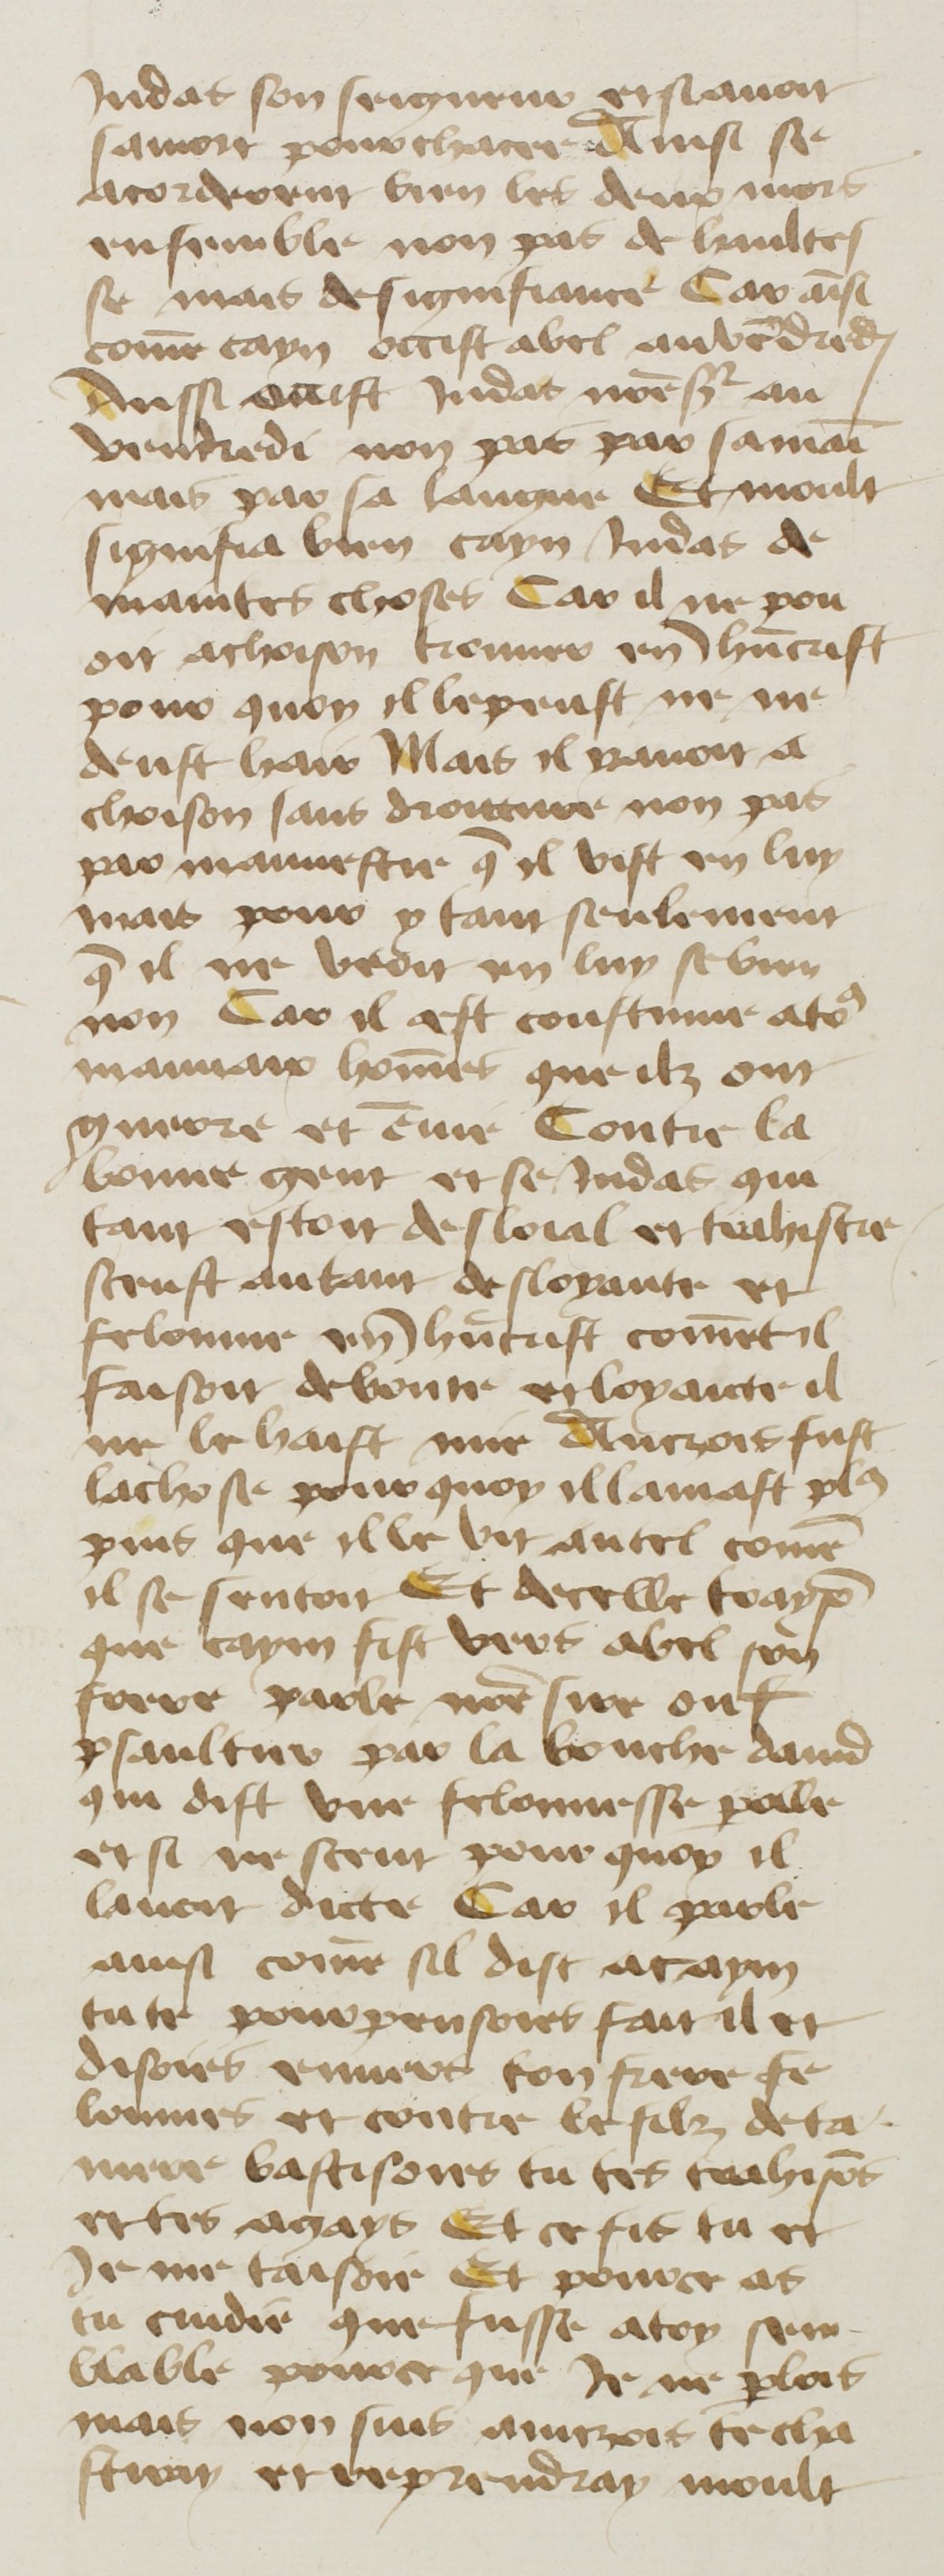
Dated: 1400–1499